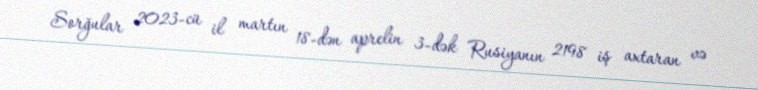
Sorğular 2023-cü il martın 18-dən aprelin 3-dək Rusiyanın 2198 iş axtaran və